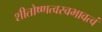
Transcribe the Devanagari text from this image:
शीतोष्णत्वस्वभावत्वं